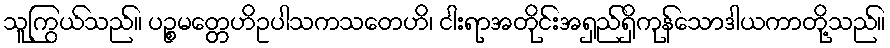
သူကြွယ်သည်။ ပဉ္စမတ္တေဟိဥပါသကသတေဟိ၊ ငါးရာအတိုင်းအရှည်ရှိကုန်သောဒါယကာတို့သည်။